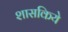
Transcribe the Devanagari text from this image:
शासकिये